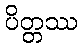
ပိတ္တဿ